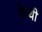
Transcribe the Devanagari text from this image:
केथी